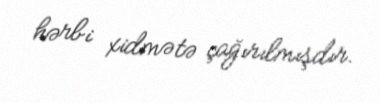
hərbi xidmətə çağırılmışdır.